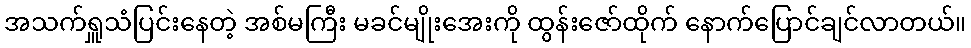
အသက်ရှူသံပြင်းနေတဲ့ အစ်မကြီး မခင်မျိုးအေးကို ထွန်းဇော်ထိုက် နောက်ပြောင်ချင်လာတယ်။